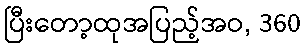
ပြီးတော့ထုအပြည့်အဝ, 360